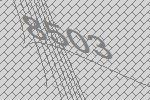
8503